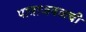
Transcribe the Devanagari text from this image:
पात्राजवळची